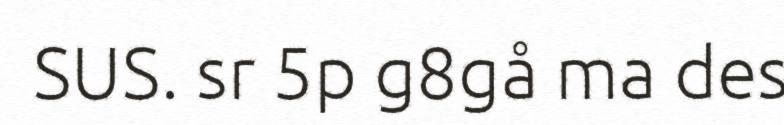
SUS. sr 5p g8gå ma des